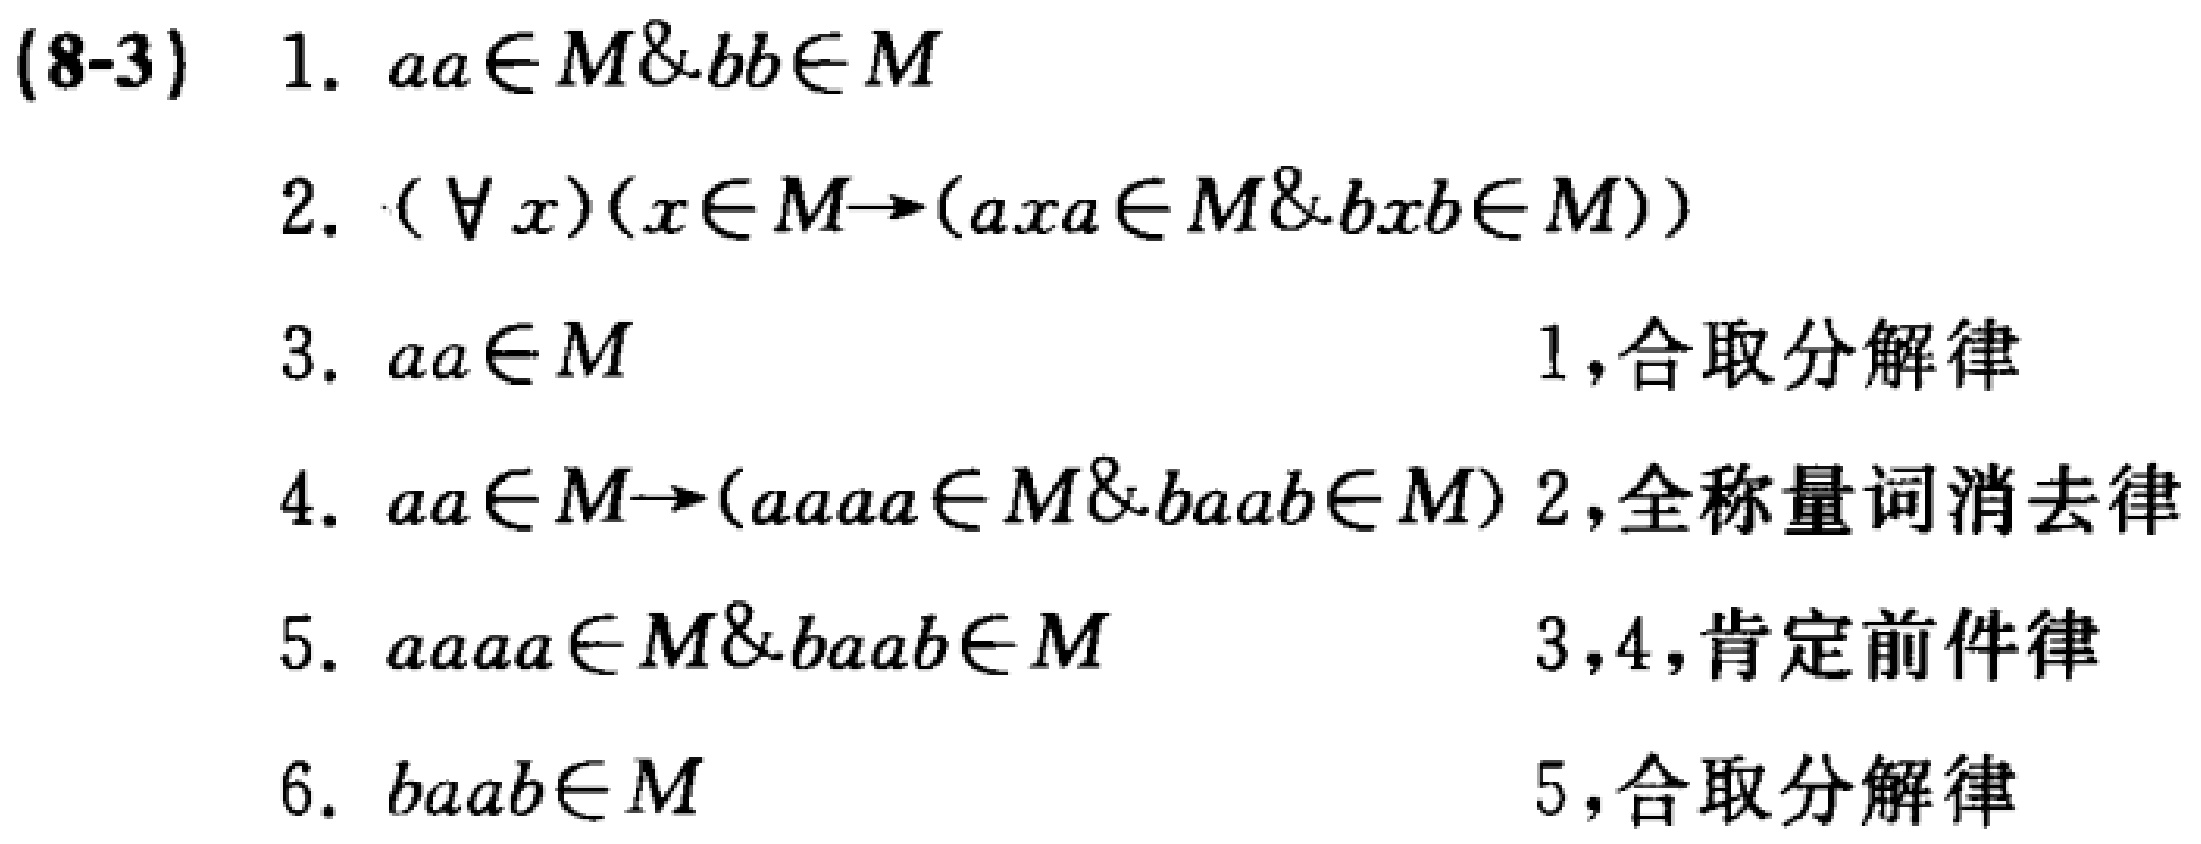
(8-3)

1. \(aa\in M\&bb\in M\)

2. \((\forall x)(x\in M\rightarrow(axa\in M\&bxb\in M))\)

3. \(aa\in M\) 1,合取分解律

4. \(aa\in M\rightarrow(aaaa\in M\&baab\in M)\) 2,全称量词消去律

5. \(aaaa\in M\&baab\in M\) 3,4,肯定前件律

6. \(baab\in M\) 5,合取分解律